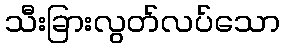
သီးခြားလွတ်လပ်သော